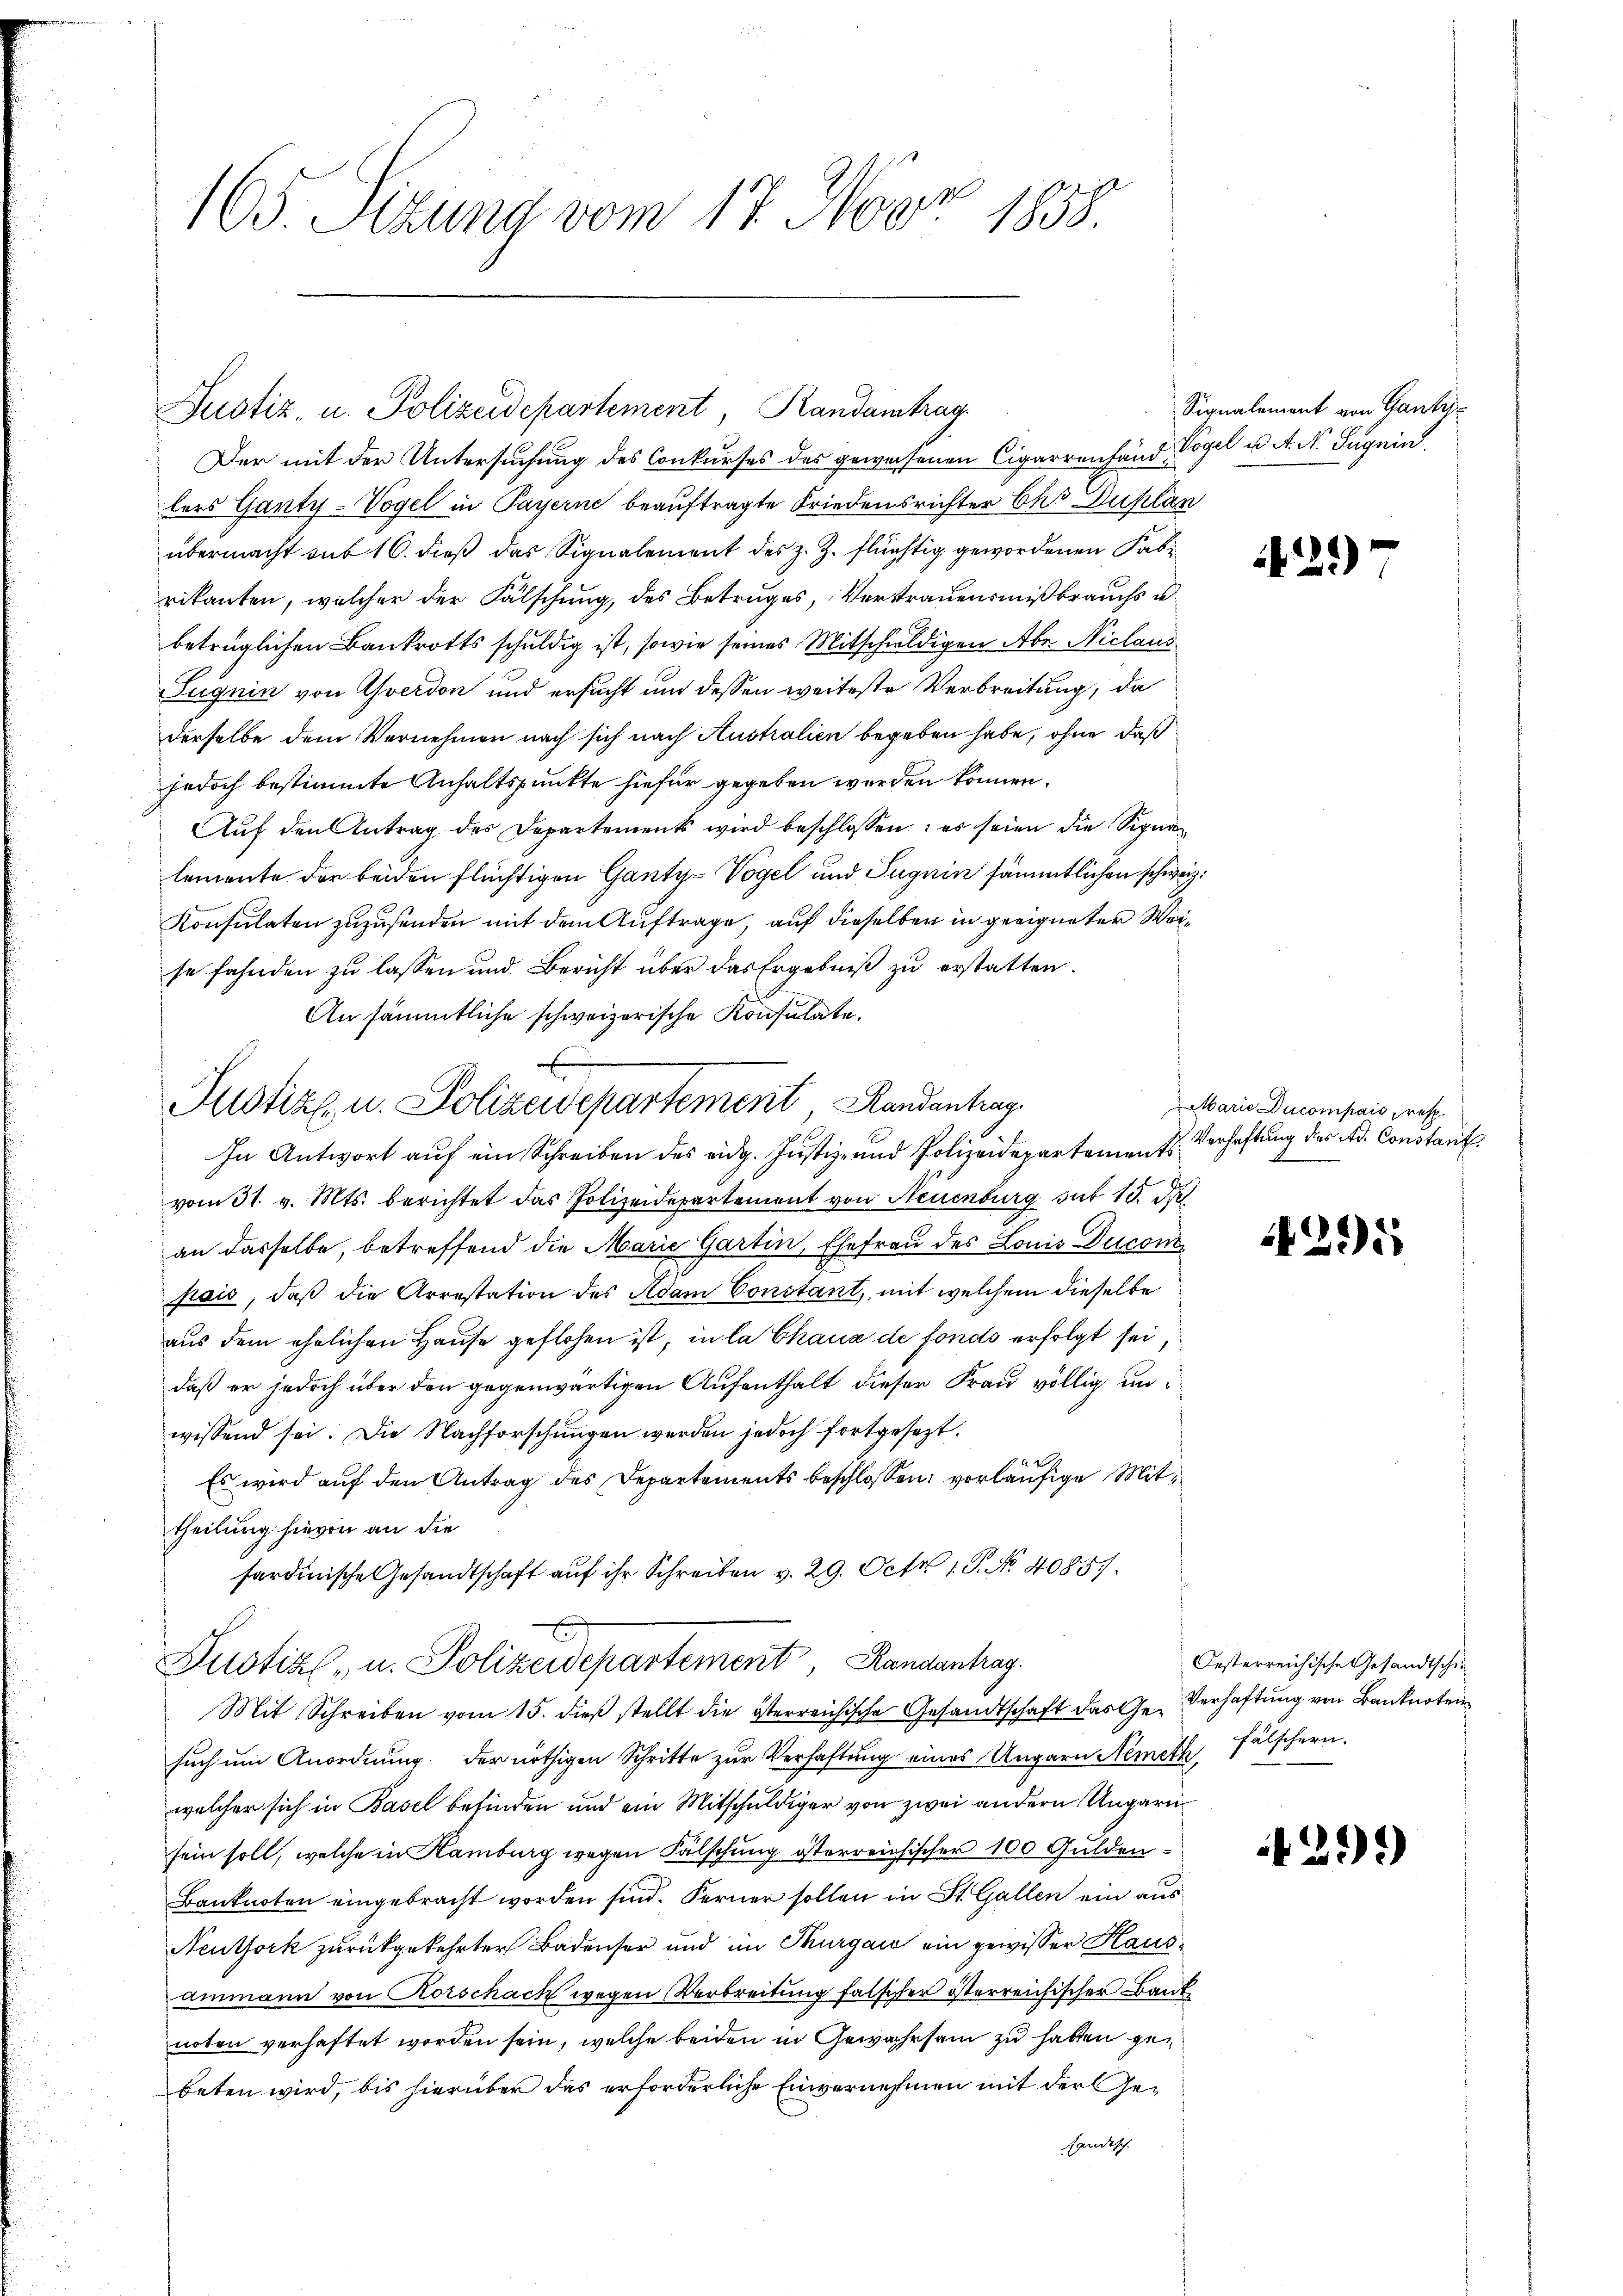
105. Sizung vom 17. Nov. 1858.

Justiz- u. Polizeidepartement Randantrag
lers Ganty-Vogel in Payerne beauftragte Friedensrichter Cho Duplan
übermacht mit 16. dieß das Signalement des z. Z. flüchtig gewordenen Fabrikanten, welcher der Fälschung, des Betruges, Vertrauensmißbrauchs u.
betrüglichen Bankrotts schuldig ist, sowie seines Mitschuldigen Aber Niclaus
Jugnin von Averdon und ersucht und dessen weiteste Verbreitung, da
derselbe dem Vernehmen nach sich nach Australien begeben habe, ohne daß
jedoch bestimmte Anhaltspunkte hiefür gegeben werden können.
Auf den Antrag des Departements wird beschlossen: es seien die Signalemente der beiden flüchtigen Ganty-Vogel und Suguin sämmtlichen schweiz.
Konsulaten zuzusenden mit dem Auftrage, auf dieselben in geeigneter Weise fahnden zu lassen und Bericht über das Ergebniß zu erstatten.
An sämmtliche schweizerische Konsulate.
In Antwort auf ein Schreiben des eidg. Justiz- und Polizeidepartements
vom 31. v. Mts. berichtet das Polizeidepartement von Neuenburg sub 15. d.
an dasselbe, betreffend die Marie Gartin, Ehefrau des Louis Duconi
frais, daß die Arrestation des Adam Constant, mit welchem dieselbe
aus dem ehelichen Hause geflohen ist, in la Chaux de fonds erfolgt sei,
daß er jedoch über den gegenwärtigen Aufenthalt dieser Frau völlig un
wissend sei. Die Nachforschungen werden jedoch fortgesezt.
Es wird auf den Antrag des Departements beschlossen: vorläufige Mittheilung hievon an die
sardinische Gesandtschaft auf ihr Schreiben v. 29. Oct. 1. No 4085/
Justiz- u. Polizeidepartement Handenhag
Mit Schreiben vom 15. dieß stellt die österreichische Gesandtschaft das Verhaftung von Bankn
such um Anordnung der nöthigen Schritte zur Verhaftung eines Ungarn Nemeth
welcher sich in Basel befinden und ein Mitschuldiger von zwei andern Ungarisein soll, welche in Kamburg wegen Fälschung österreichischer 100 Gulden¬
Banknoten eingebracht worden sind. Ferner sollen in St. Gallen ein aus¬
Neuthork zurückgekehrter Badenser und im Thurgaić ein gewisser Haus¬
Ammann von Korschack wegen Verbreitung falscher österreichischer Bank
noten verhaftet worden sein, welche beiden in Gewahrsam zu hatten gebeten wird, bis hierüber das erforderliche Einvernehmen mit der Gehändisch

Justiz u. Polizeidepartement Handenhag

Der mit der Untersuchung des Conkurses des gewesenen Cigarrenhand, Vogel u. A. N. Sugnin.

Signalement von Gantze

2

Marie Ducompais resp.
Verhaftung des Ad. Constant

4295

Oesterreichische Gesandtschifälschern.

29)